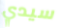
سيدي